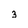
Character: 3